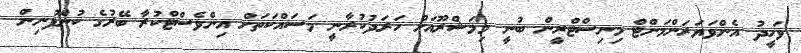
ވަހީދު އެންވަޔަރަންމަންޓް މިނިސްޓްރީން ބުނީ މިމަޝްރޫއަށް ހަރަދުކުރާނީ މަސައްކަތަށް އިންވެސްޓްކުރާ ބޭރުގެ ކުންފުނިން